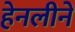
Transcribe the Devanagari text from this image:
हेनलीने